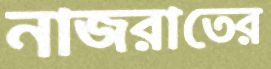
নাজরাতের